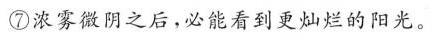
⑦浓雾微阴之后，必能看到更灿烂的阳光。